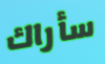
سأراك